Annual administration report of the Civil Veterinary Department of India - 1895-1896
Year: 1895
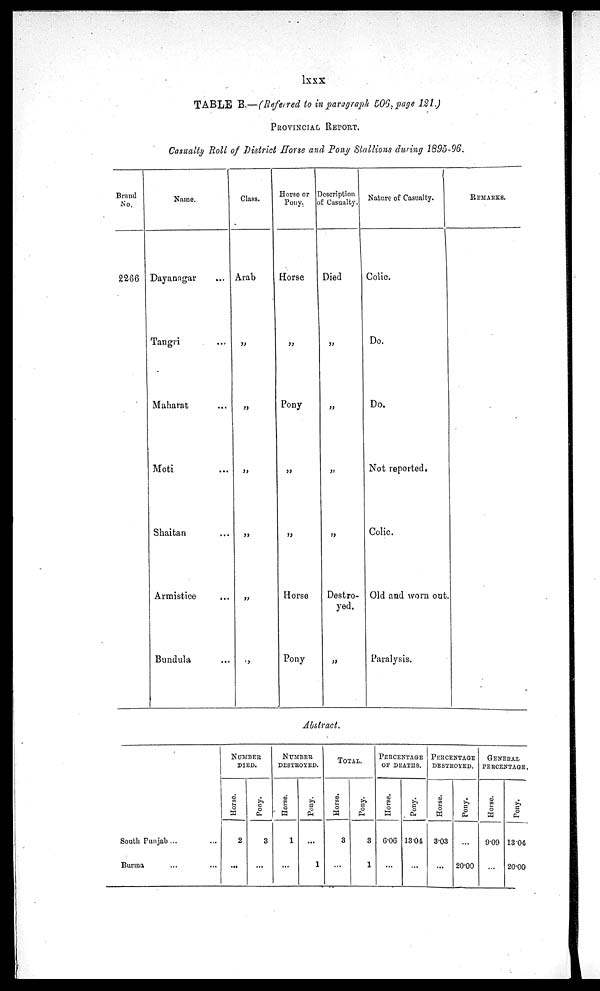
lxxx
TABLE B.—(Referred to in paragraph 506, page 121.)
PROVINCIAL REPORT.
Casually Roll of District Horse and Pony Stallions during 1895-96.
Brand
No.
2266
Name.
Dayanagar ...
Tangri ...
Maharat ...
Moti ...
Shaitan ...
Armistice ...
Bundula ...
Class.
Arab
„
„
„
„
„
„
Horse or
Pony.
Horse
„
Pony
„
„
Horse
Pony
Description
Casualty.
Died
„
„
„
„
Destro-
yed.
„
Nature of Casualty.
Colic.
Do.
Do.
Not reported.
Colic.
Old and worn out
Paralysis.
REMARKS.
Abstract.
South Punjab ...
Burma ... ...
NUMBER
DIED.
Horse.
2
...
Pony.
3
...
NUMBER
DESTROYED.
Horse.
1
...
Pony.
...
1
TOTAL.
Horse.
3
...
Pony.
3
1
PERCENTAGE
OF DEATHS
Horse.
6.06
...
Pony
13.01
...
PERCENTAGE
DESTROYED
Horse.
3.03
...
Pony.
...
20.00
GENERAL
PERCENTAGE
Horse.
9.09
...
Pony.
13.04
20.00